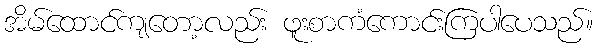
အိမ်ထောင်ကျတော့လည်း ဖူးစာကံကောင်းကြပါပေသည်။